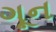
ગૂન